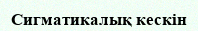
Сигматикалық кескін